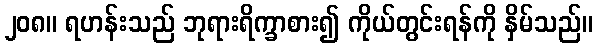
၂၀၈။ ရဟန်းသည် ဘုရားရိက္ခာစား၍ ကိုယ်တွင်းရန်ကို နှိမ်သည်။